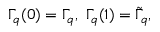
\Gamma _ { q } ( 0 ) = \Gamma _ { q } , \ \Gamma _ { q } ( 1 ) = \tilde { \Gamma } _ { q } ,